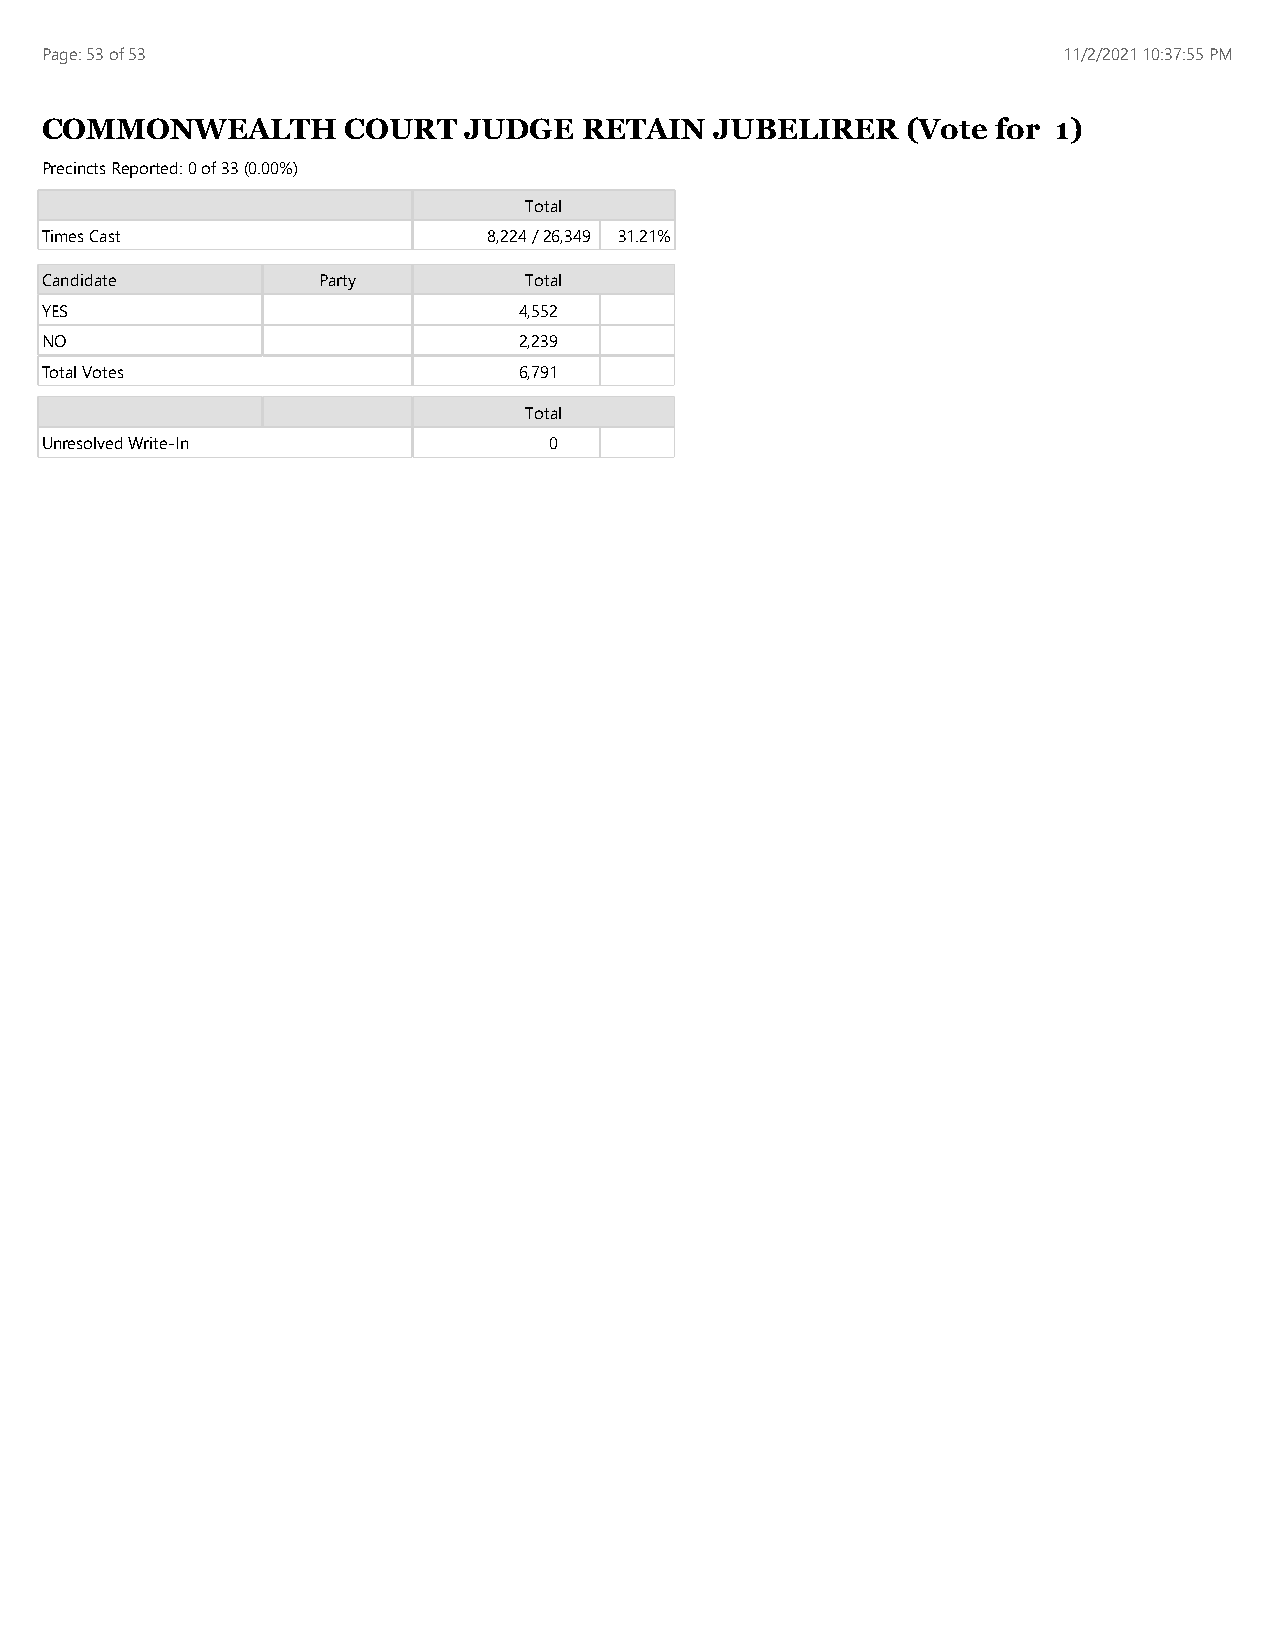
Page: 53 of 53                                                     11/2/2021 10:37:55 PM
 COMMONWEALTH        COURT   JUDGE   RETAIN  JUBELIRER    (Vote for 1)
 Precincts Reported: 0 of 33 (0.00%)
 Total
 Times Cast                   8,224 / 26,349 31.21%
 Candidate         Party         Total
 YES                            4,552
 NO                             2,239
 Total Votes                    6,791
 Total
 Unresolved Write-In              0